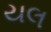
યલ